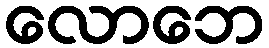
လောဘေ